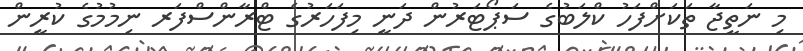
މި ނަތީޖާ ތަކަށްފަހު ކްލަބުގެ ސަޕޯޓަރުން ދަނީ މިފަހަރުގެ ޓްރާންސްފަރ ނިމުމުގެ ކުރީން